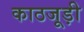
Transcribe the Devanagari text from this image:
काठजूड़ी